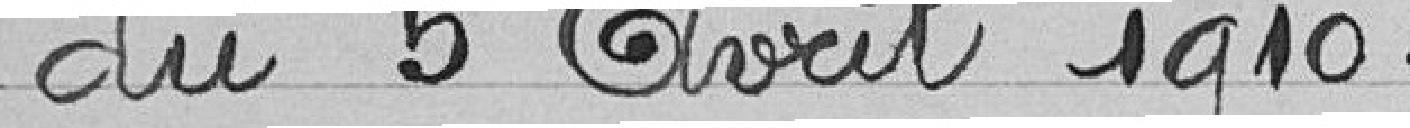
du 5 avril 1910.